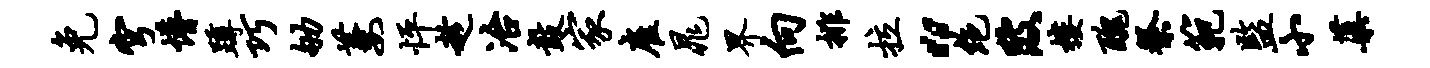
免穹懵蹲巧劬萋怦趁冶鼓家雇晁界向排拉“绝陂楼丑祭范监小蕖